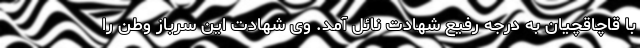
با قاچاقچیان به درجه رفیع شهادت نائل آمد. وی شهادت این سرباز وطن را